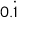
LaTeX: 0 . { \dot { 1 } }